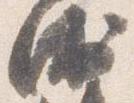
衛